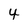
Character: 4